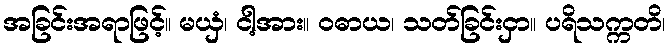
အခြင်းအရာဖြင့်။ မယှံ၊ ငါ့အား။ ဝဓာယ၊ သတ်ခြင်းငှာ။ ပရိသက္ကတိ၊